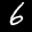
Label: 6